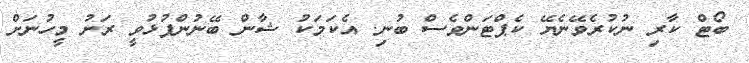
ބޯޓް ކާރި ނުކުރެވޭނެޔޭ ކެޕްޓަންވެސް ބުނި. އެކަމަކު ޝާން ބޭނުންފުޅުވީ ރަށު މީހުނަށް